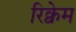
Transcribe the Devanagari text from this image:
रिक्वेम